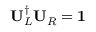
\mathbf { U } _ { L } ^ { \dagger } \mathbf { U } _ { R } = \mathbf { 1 }